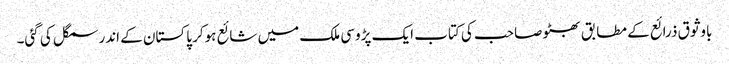
باوثوق ذرائع کے مطابق بھٹو صاحب کی کتاب ایک پڑوسی ملک میں شائع ہوکر پاکستان کے اندر سمگل کی گئی۔